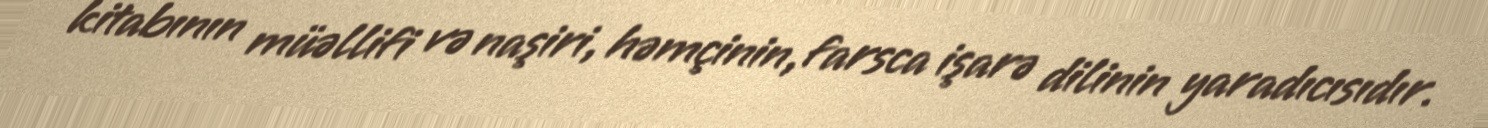
kitabının müəllifi və naşiri, həmçinin, farsca işarə dilinin yaradıcısıdır.